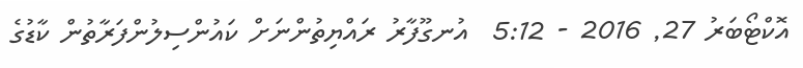
އޮކްޓޯބަރު 27